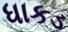
ધાકડ